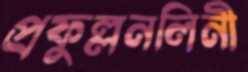
প্রফুল্লনলিনী